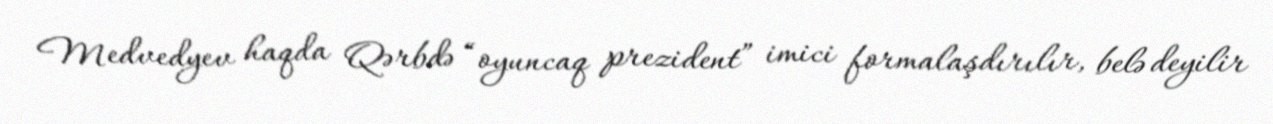
Medvedyev haqda Qərbdə “oyuncaq prezident” imici formalaşdırılır, belə deyilir